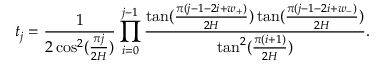
t _ { j } = \frac { 1 } { 2 \cos ^ { 2 } ( \frac { \pi j } { 2 H } ) } \prod _ { i = 0 } ^ { j - 1 } \frac { \tan ( \frac { \pi ( j - 1 - 2 i + w _ { + } ) } { 2 H } ) \tan ( \frac { \pi ( j - 1 - 2 i + w _ { - } ) } { 2 H } ) } { \tan ^ { 2 } ( \frac { \pi ( i + 1 ) } { 2 H } ) } .